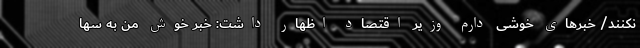
نکنند/ خبرهای خوشی دارم وزیر اقتصاد اظهار داشت: خبر خوش من به سها